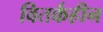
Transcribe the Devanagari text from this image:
वितर्कहीन